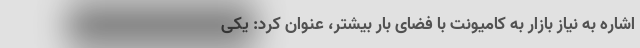
اشاره به نیاز بازار به کامیونت‌ با فضای بار بیشتر، عنوان کرد: یکی